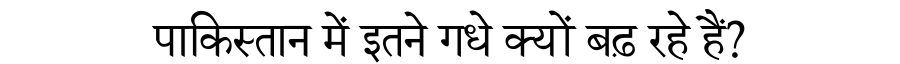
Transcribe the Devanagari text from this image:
पाकिस्तान में इतने गधे क्यों बढ़ रहे हैं?